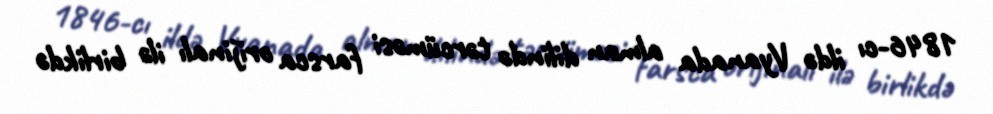
1846-cı ildə Vyanada alman dilində tərcüməsi farsca orijinalı ilə birlikdə